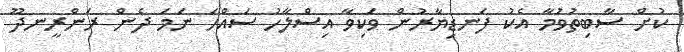
ކުށް ސާބިތުވުމާ އެކު ފަނޑިޔާރުން ވަކިވާ އިސްލާހު ސައްހަ ނަމަ ދެން ރަންރީނދޫ